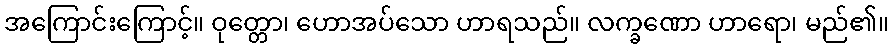
အကြောင်းကြောင့်။ ဝုတ္တော၊ ဟောအပ်သော ဟာရသည်။ လက္ခဏော ဟာရော၊ မည်၏။